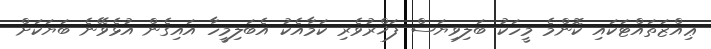
ޢިއްޒަތައްޓަކައި ކޮންމެ މީހަކު ބަލިވިޔަސް ފަޚްރުވެރި ކަމާއެކު އެބަލިމީހާ އައިގެން އުޅެވޭނެ ބަޔަކަށް